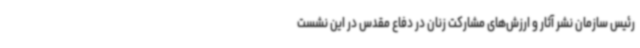
رئیس سازمان نشر آثار و ارزش‌های مشارکت زنان در دفاع مقدس در این نشست